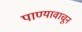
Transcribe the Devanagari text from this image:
पाण्यावाचून